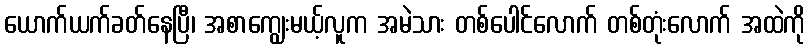
ယောက်ယက်ခတ်နေပြီ၊ အစာကျွေးမယ့်လူက အမဲသား တစ်ပေါင်လောက် တစ်တုံးလောက် အထဲကို